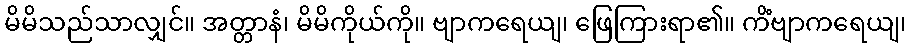
မိမိသည်သာလျှင်။ အတ္တာနံ၊ မိမိကိုယ်ကို။ ဗျာကရေယျ၊ ဖြေကြားရာ၏။ ကိံဗျာကရေယျ၊